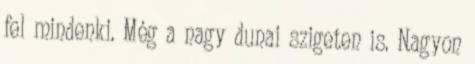
fel mindenki. Még a nagy dunai szigeten is. Nagyon